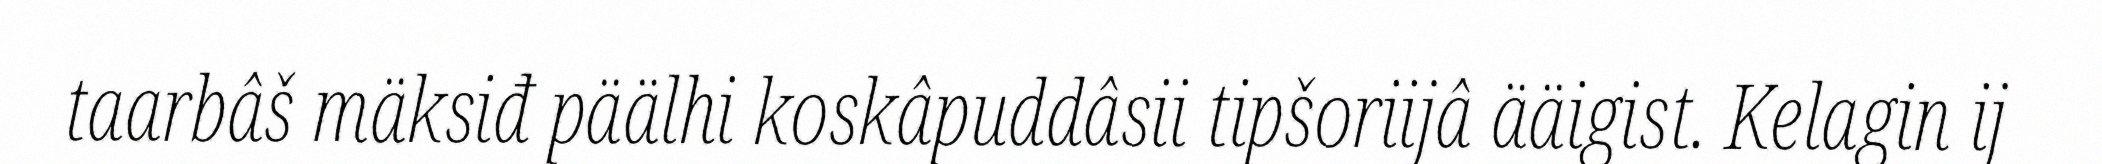
taarbâš mäksiđ päälhi koskâpuddâsii tipšoriijâ ääigist. Kelagin ij